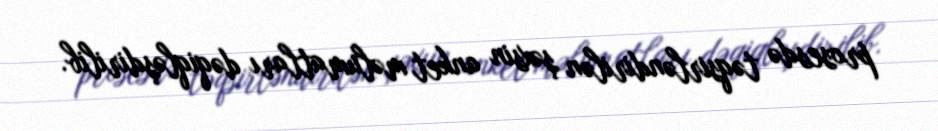
prosesdə təqsirləndirilən şəxsin anket məlumatları dəqiqləşdirilib.